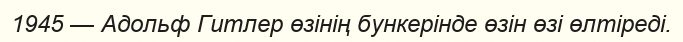
1945 — Адольф Гитлер өзінің бункерінде өзін өзі өлтіреді.